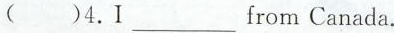
( )4.I___from Canada.